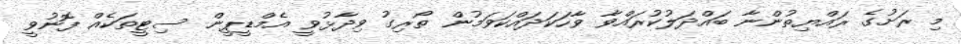
މި ރަށުގެ ރައްޔިތުންނާ ބައްދަލުކުރައްވާ ވާހަކަދައްކަވަމުން ތޯރިގު ވިދާޅުވީ އެމްޑީޕީން ސިޓީތަކެއް ފޮނުވީ